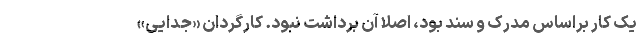
یک کارِ براساس مدرک و سند بود، اصلا آن برداشت نبود. کارگردان «جدایی»